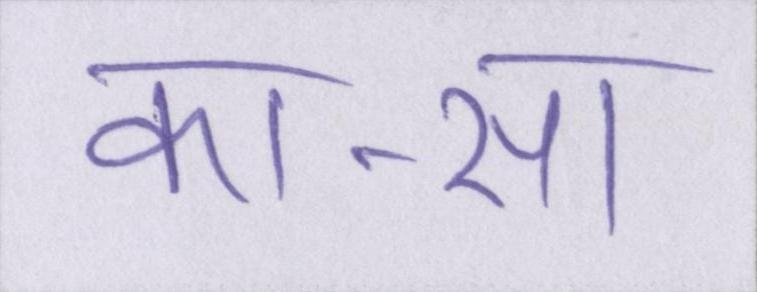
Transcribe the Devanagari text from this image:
का-सा